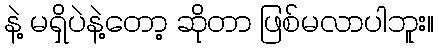
နဲ့ မရှိပဲနဲ့တော့ ဆိုတာ ဖြစ်မလာပါဘူး။